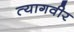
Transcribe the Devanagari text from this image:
त्यागवीर